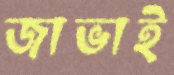
জাভাই